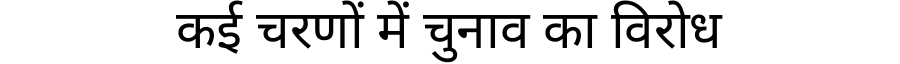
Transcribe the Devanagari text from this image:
कई चरणों में चुनाव का विरोध